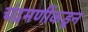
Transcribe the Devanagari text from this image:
चंद्रमणींकडून